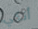
أنكي